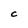
Character: C